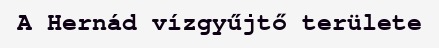
A Hernád vízgyűjtő területe